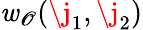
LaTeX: \mathit{w}_{\mathscr{{O}}}(\j_{1},\j_{2})